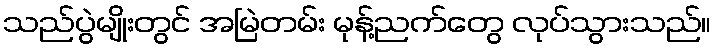
သည်ပွဲမျိုးတွင် အမြဲတမ်း မုန့်ညက်တွေ လုပ်သွားသည်။